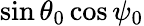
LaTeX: \sin\theta_{0}\cos\psi_{0}